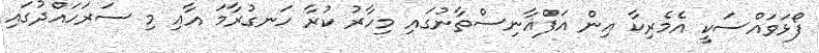
ފޯޅަވައްސަކީ އެމެރިކާ އިން އަފްޣާނިސްތާނުގައި މިހާރު ކުރާ ހަނގުރާމަ އާއި މި ސަރަހައްދުގައި